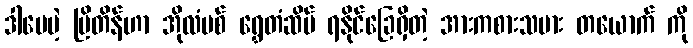
ဒါပေမဲ့ ဗြိတိန်ဟာ အိုလံပစ် ရွှေတံဆိပ် ရနိုင်ခြေရှိတဲ့ အားကစားသမား တယောက် ကို